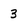
Character: 3